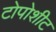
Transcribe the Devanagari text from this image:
टोपोशीट